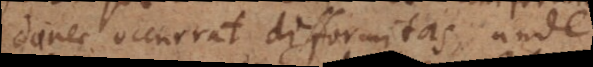
donec occurrat difformitas, unde